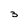
Character: 5